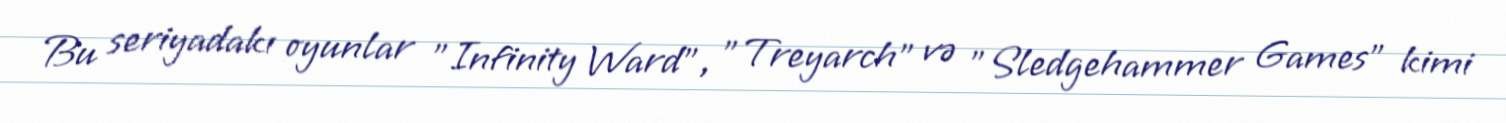
Bu seriyadakı oyunlar "Infinity Ward", "Treyarch" və "Sledgehammer Games" kimi